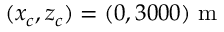
( x _ { c } , z _ { c } ) = ( 0 , 3 0 0 0 ) ~ \mathrm { m }